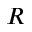
R